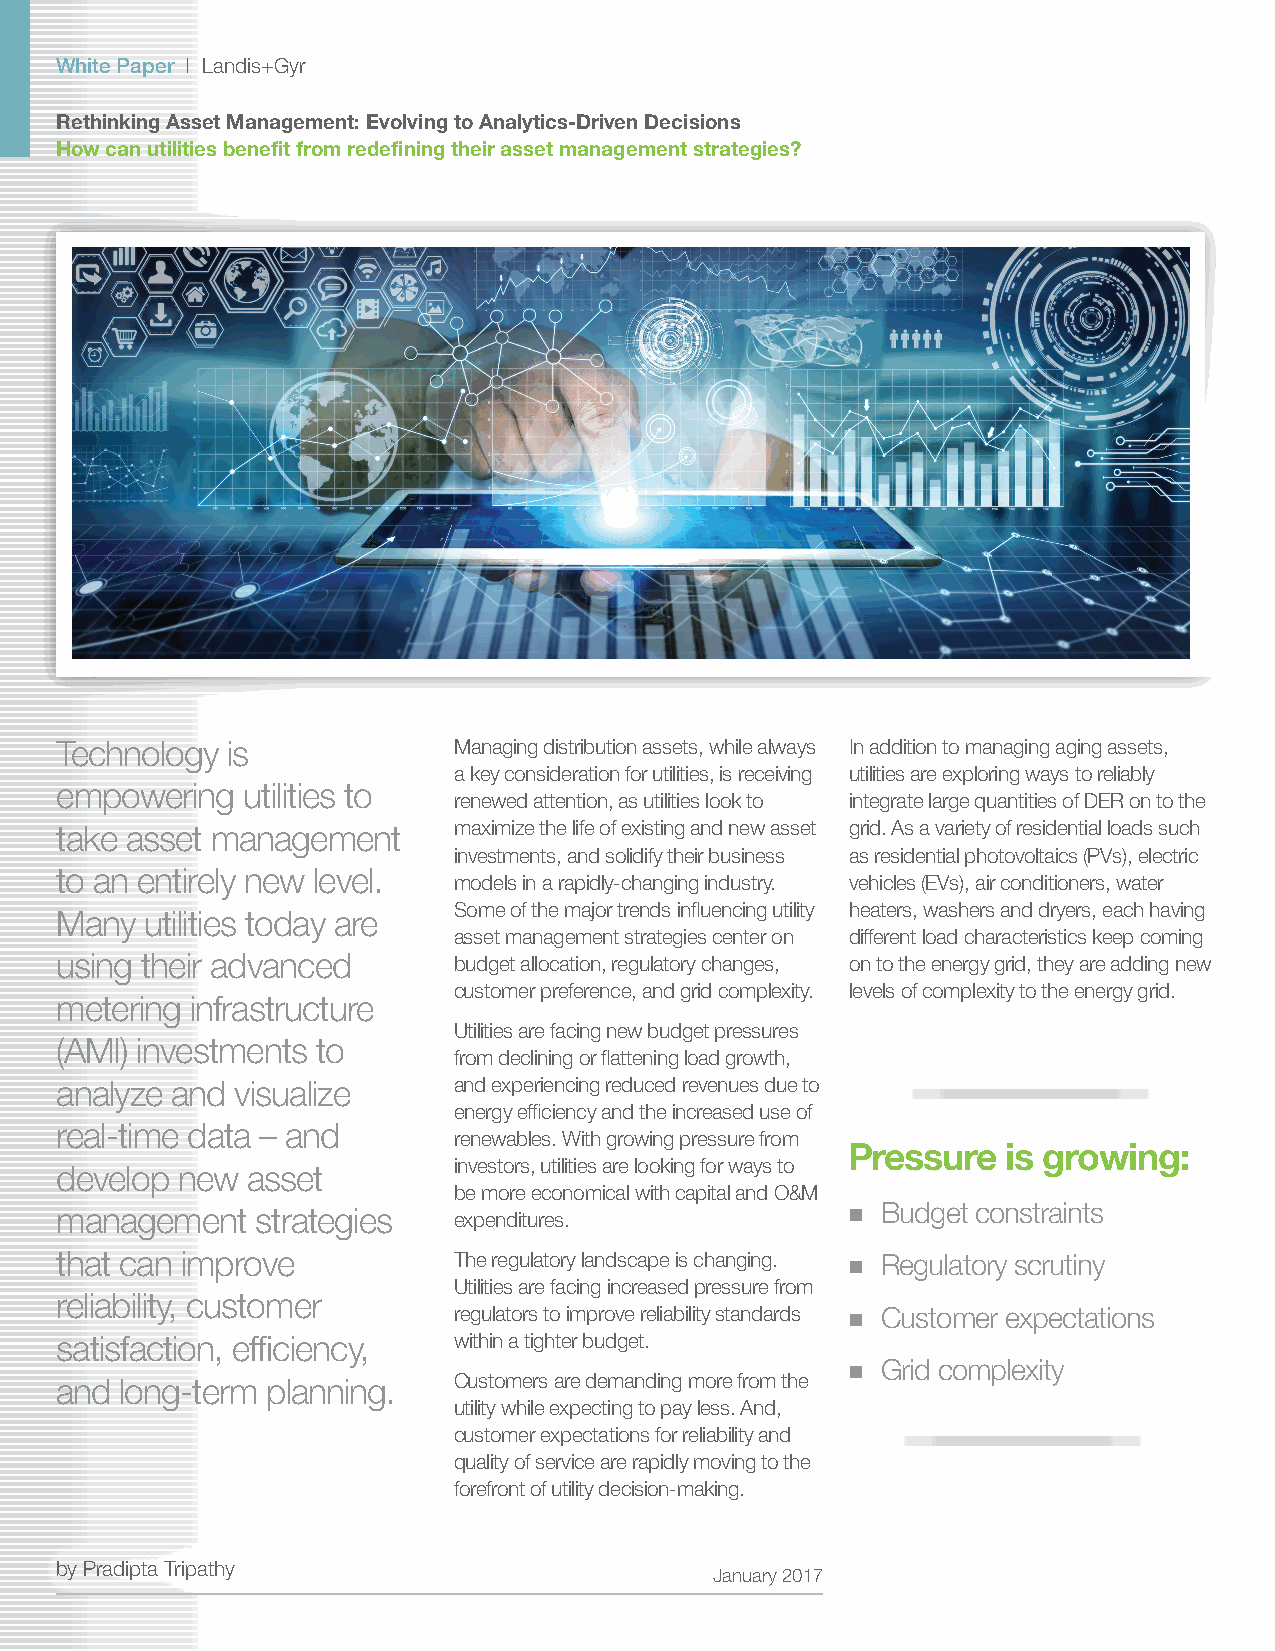
White Paper | Landis+Gyr
 Rethinking Asset Management: Evolving to Analytics-Driven Decisions
 How can utilities benefit from redefining their asset management strategies?
 Technology is             Managing distribution assets, while always In addition to managing aging assets,
 a key consideration for utilities, is receiving utilities are exploring ways to reliably
 empowering  utilities to
 renewed attention, as utilities look to integrate large quantities of DER on to the
 take asset management     maximize the life of existing and new asset grid. As a variety of residential loads such
 investments, and solidify their business as residential photovoltaics (PVs), electric
 to an entirely new level.
 models in a rapidly-changing industry. vehicles (EVs), air conditioners, water
 Some of the major trends influencing utility heaters, washers and dryers, each having
 Many  utilities today are
 asset management strategies center on different load characteristics keep coming
 using their advanced      budget allocation, regulatory changes, on to the energy grid, they are adding new
 customer preference, and grid complexity. levels of complexity to the energy grid.
 metering infrastructure
 Utilities are facing new budget pressures
 (AMI) investments to
 from declining or flattening load growth,
 analyze and visualize     and experiencing reduced revenues due to
 energy efficiency and the increased use of
 real-time data – and
 renewables. With growing pressure from
 Pressure   is growing:
 develop new asset         investors, utilities are looking for ways to
 be more economical with capital and O&M
 management   strategies   expenditures.             ■ Budget constraints
 that can improve          The regulatory landscape is changing. ■ Regulatory scrutiny
 Utilities are facing increased pressure from
 reliability, customer
 regulators to improve reliability standards ■ Customer expectations
 satisfaction, efficiency, within a tighter budget.
 ■ Grid complexity
 and long-term planning.   Customers are demanding more from the
 utility while expecting to pay less. And,
 customer expectations for reliability and
 quality of service are rapidly moving to the
 forefront of utility decision-making.
 by Pradipta Tripathy
 January 2017